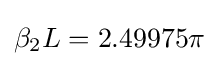
\beta _{2}L=2.49975\pi